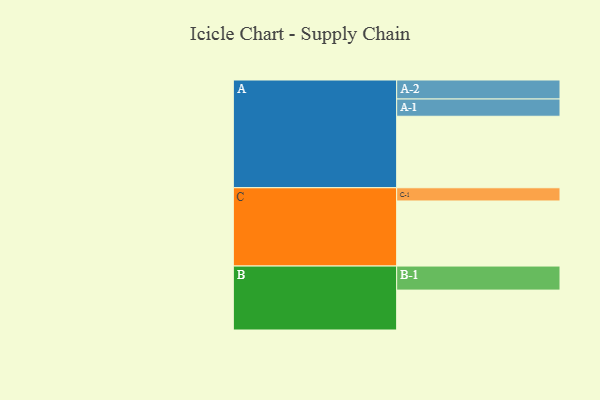
{"axis": {"x": "Segment", "y": "Value"}, "legend": ["", "A", "B", "C"], "data": [{"x": "A", "y": 568, "type": ""}, {"x": "B", "y": 317, "type": ""}, {"x": "C", "y": 517, "type": ""}, {"x": "A-1", "y": 137, "type": "A"}, {"x": "A-2", "y": 151, "type": "A"}, {"x": "B-1", "y": 191, "type": "B"}, {"x": "C-1", "y": 105, "type": "C"}]}